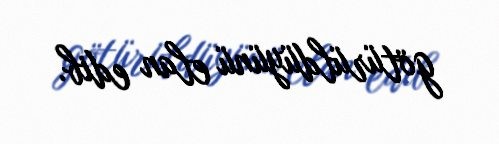
götürüldüyünü elan edib.